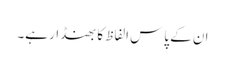
ان کے پاس الفاظ کا بھنڈار ہے۔